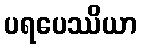
ပရပေဿိယာ